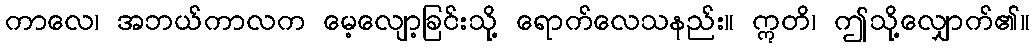
ကာလေ၊ အဘယ်ကာလက မေ့လျော့ခြင်းသို့ ရောက်လေသနည်း။ ဣတိ၊ ဤသို့လျှောက်၏။